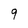
Character: 9